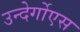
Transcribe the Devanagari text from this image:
उन्देर्गोएस